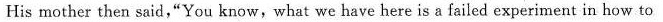
His mother then said,"You know,what we have here is a failed experiment in how to